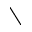
\setminus